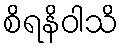
စိရနိဝါသိ